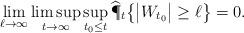
LaTeX: \begin{align*}\lim_{\ell\to\infty}\limsup_{t\to\infty} \sup_{t_0\leq t} \widehat\P_t\big\{\big|W_{t_0}\big| \geq \ell\big\}=0.\end{align*}